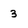
Character: 3